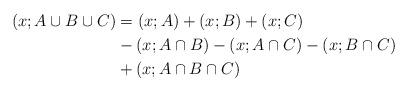
LaTeX: \begin{align*}\left(x; A\cup B\cup C \right)&=\left(x; A\right)+\left(x; B\right)+\left(x; C\right)\\&-\left(x; A\cap B \right)-\left(x; A\cap C \right)-\left(x; B\cap C \right) \\&+\left(x; A\cap B\cap C \right) \end{align*}